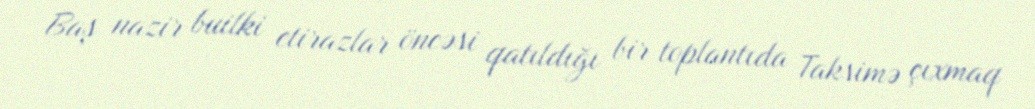
Baş nazir builki etirazlar öncəsi qatıldığı bir toplantıda Taksimə çıxmaq